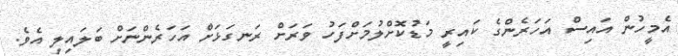
އެމީހުން އައިސް އަހަރެންގެ ކައިރީ މަޑުކޮށްލުމަށްފަހު ވަރަށް ރަނގަޅަށް އަހަރެންނަށް ބަލައިލި އެވެ.